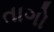
તાગો